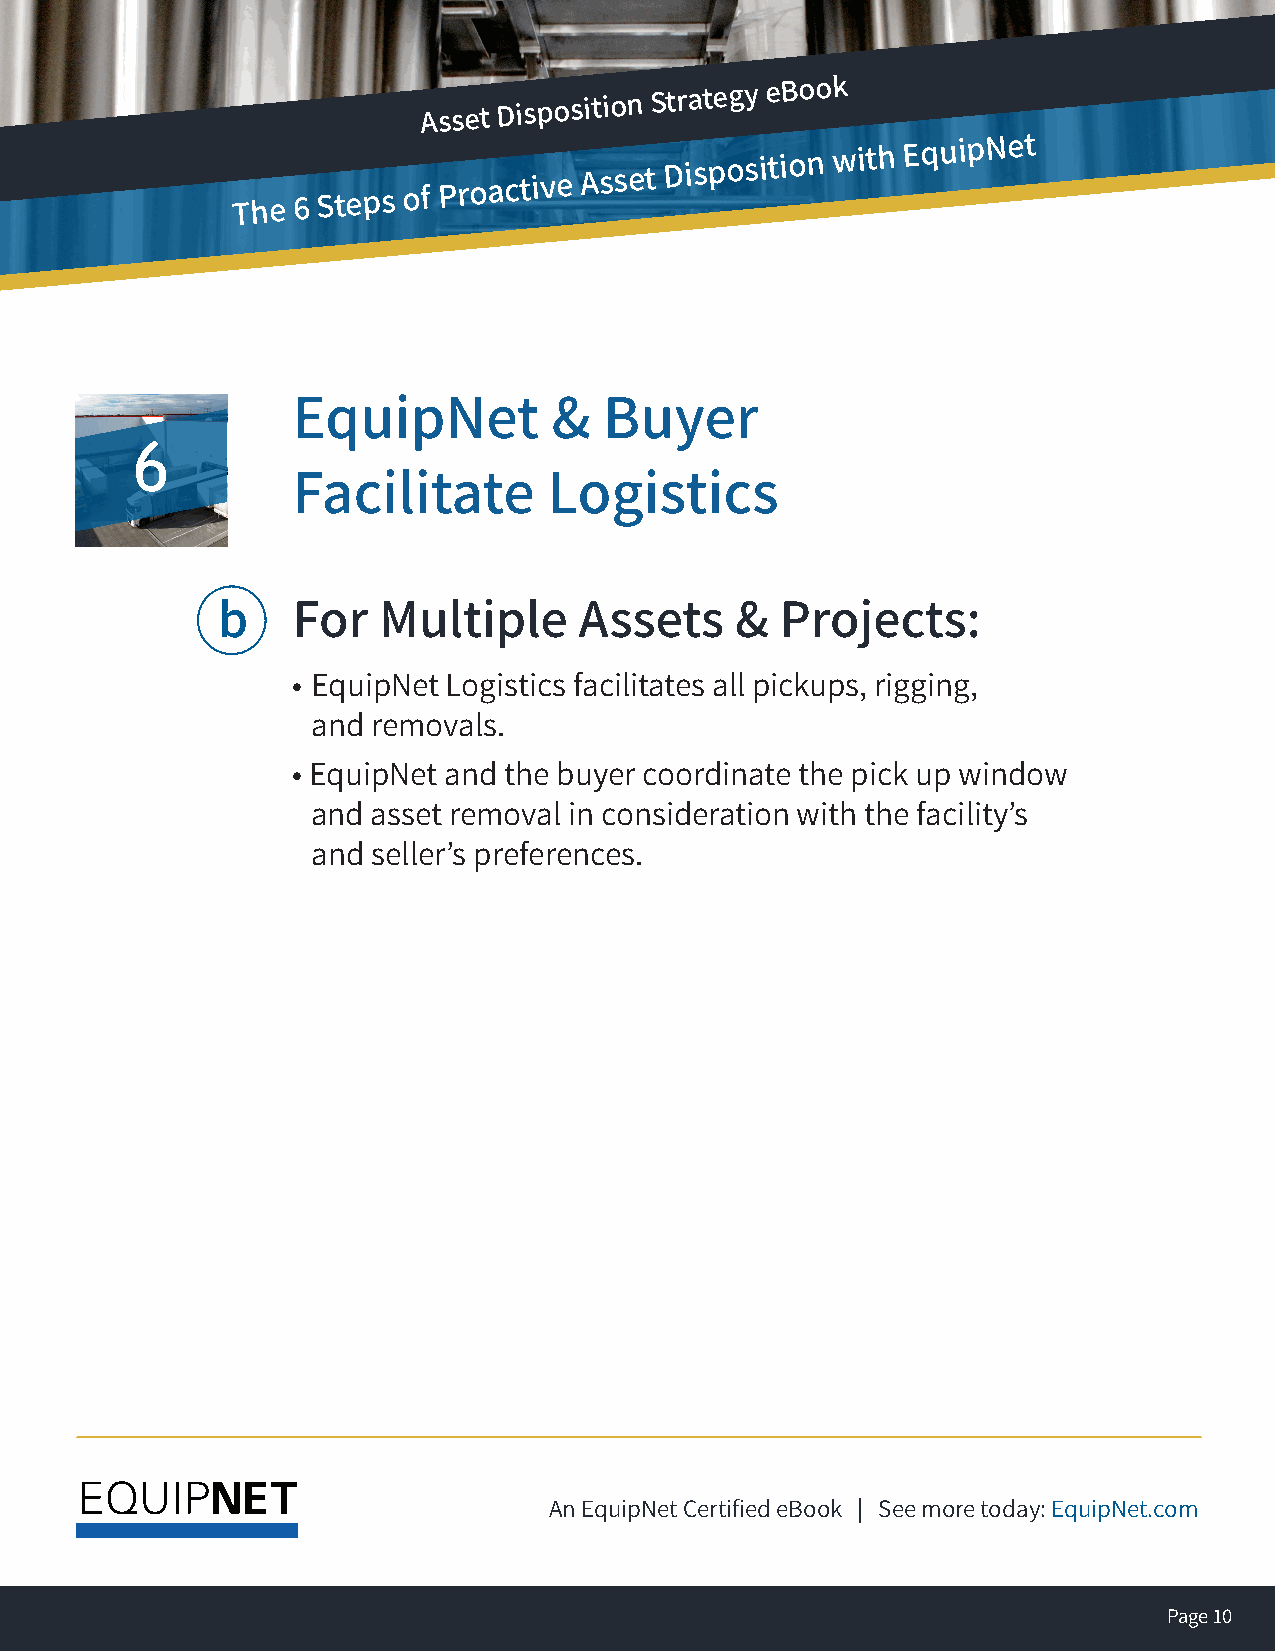
Asset
 Disposition
 Strategy EBook
 The 6
 Steps
 oA
 f
 Pss re ot
 a
 D ci ts ip vo es Ait sio sn
 e
 tS Dtr ia st pe ogy
 s
 ie tiB oo no wk
 ith EquipNet                         The 6 Steps of Proactive Asset
 Disposition with EquipNet
 EquipNet          &  Buyer
 6
 Facilitate       Logistics
 b    For   Multiple     Assets     &  Projects:
 • EquipNet Logistics facilitates all pickups, rigging,
 and removals.
 • EquipNet and the buyer coordinate the pick up window
 and asset removal in consideration with the facility’s
 and seller’s preferences.
 An EquipNet Certified eBook | See more today: EquipNet.com
 Page 10